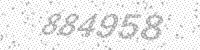
Solution: 884958